Annual administration report of the Civil Veterinary Department of India - 1895-1896
Year: 1895
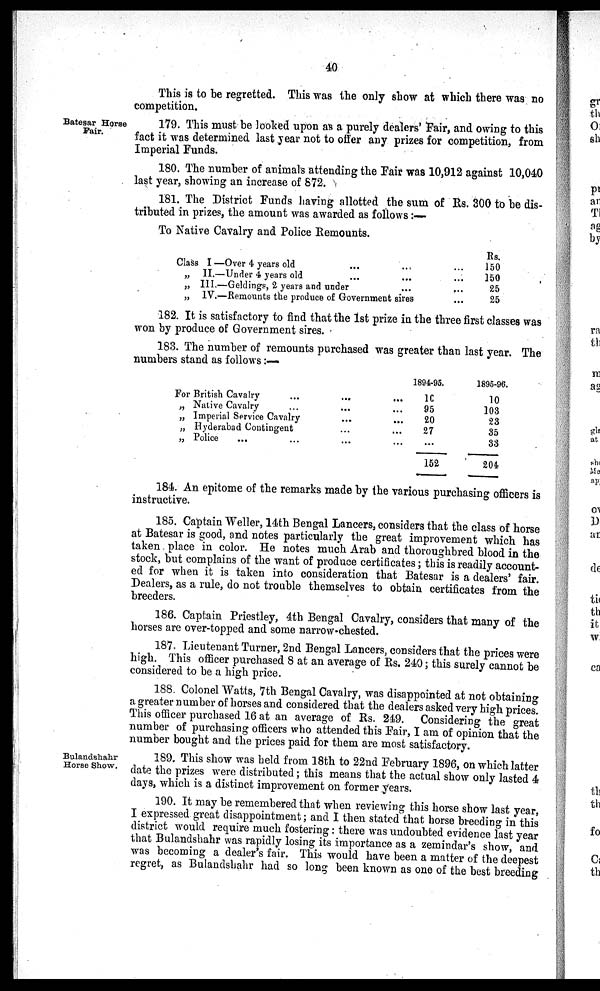
40
This is to be regretted. This was the only show at which there was no
competition.
179. This must be looked upon as a purely dealers' Fair, and owing to this
fact it was determined last year not to offer any prizes for competition, from
Imperial Funds.
180. The number of animals attending the Fair was 10,912 against 10,040
last year, showing an increase of 872.
181. The District Funds having allotted the sum of Rs. 300 to be dis-
tributed in prizes, the amount was awarded as follows:—
To Native Cavalry and Police Remounts.
Class I —Over 4 years old ... ... ...
„ II.—Under 4 years old ... ... ...
„ III.—Geldings, 2 years and under ... ...
„ IV.—Remounts the produce of Government sires ...
Rs.
150
150
25
25
182. It is satisfactory to find that the 1st prize in the three first classes was
won by produce of Government sires.
183. The number of remounts purchased was greater than last year. The
numbers stand as follows:—
For British Cavalry ... ... ...
„ Native Cavalry ... ... ...
„ Imperial Service Cavalry ... ...
„ Hyderabad Contingent ... ...
„ Police ... ... ... ...
1894-95.
10
95
20
27
...
152
1895-96.
10
103
23
35
33
204
184. An epitome of the remarks made by the various purchasing officers is
instructive.
185. Captain Weller, 14th Bengal Lancers, considers that the class of horse
at Batesar is good, and notes particularly the great improvement which has
taken place in color. He notes much Arab and thoroughbred blood in the
stock, but complains of the want of produce certificates; this is readily account-
ed for when it is taken into consideration that Batesar is a dealers' fair.
Dealers, as a rule, do not trouble themselves to obtain certificates from the
breeders.
186. Captain Priestley, 4th Bengal Cavalry, considers that many of the
horses are over-topped and some narrow-chested.
187. Lieutenant Turner, 2nd Bengal Lancers, considers that the prices were
high. This officer purchased 8 at an average of Rs. 240; this surely cannot be
considered to be a high price.
188. Colonel Watts, 7th Bengal Cavalry, was disappointed at not obtaining
a greater number of horses and considered that the dealers asked very high prices.
This officer purchased 16 at an average of Rs. 249. Considering the great
number of purchasing officers who attended this Fair, I am of opinion that the
number bought and the prices paid for them are most satisfactory.
Bulandshahr
Horse Show.
189. This show was held from 18th to 22nd February 1896, on which latter
date the prizes were distributed; this means that the actual show only lasted 4
days, which is a distinct improvement on former years.
190. It may be remembered that when reviewing this horse show last year,
I expressed great disappointment; and I then stated that horse breeding in this
district would require much fostering: there was undoubted evidence last year
that Bulandshahr was rapidly losing its importance as a zemindar's show, and
was becoming a dealer's fair. This would have been a matter of the deepest
regret, as Bulandshahr had so long been known as one of the best breeding